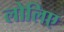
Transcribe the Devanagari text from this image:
लोलिए